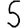
Digit: 5